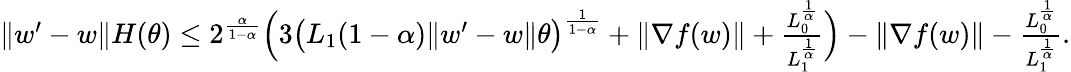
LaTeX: \begin{array}{r}{\| w^{\prime}-w\| H(\theta)\le 2^{\frac{\alpha}{1-\alpha}}\Big(3\big(L_{1}(1-\alpha)\| w^{\prime}-w\| \theta\big)^{\frac{1}{1-\alpha}}+\| \nabla f(w)\| +\frac{L_{0}^{\frac{1}{\alpha}}}{L_{1}^{\frac{1}{\alpha}}}\Big)-\| \nabla f(w)\| -\frac{L_{0}^{\frac{1}{\alpha}}}{L_{1}^{\frac{1}{\alpha}}}.}\end{array}